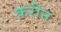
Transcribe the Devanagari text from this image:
क़रीन